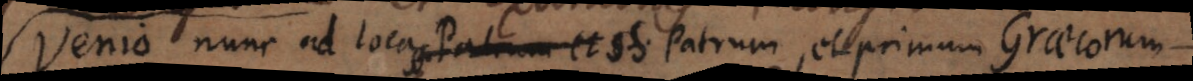
Venio nunc ad loca SS. Patrum, et primum Graecorum.